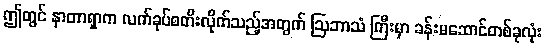
ဤတွင် နာတာရှာက လက်ခုပ်စတီးလိုက်သည့်အတွက် ဩဘာသံ ကြီးမှာ ခန်းမဆောင်တစ်ခုလုံး